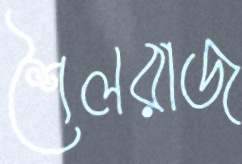
শৈলরাজ